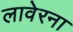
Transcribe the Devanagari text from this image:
लावेरना